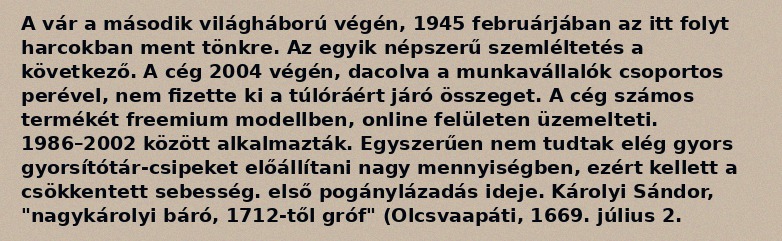
A vár a második világháború végén, 1945 februárjában az itt folyt harcokban ment tönkre. Az egyik népszerű szemléltetés a következő. A cég 2004 végén, dacolva a munkavállalók csoportos perével, nem fizette ki a túlóráért járó összeget. A cég számos termékét freemium modellben, online felületen üzemelteti. 1986–2002 között alkalmazták. Egyszerűen nem tudtak elég gyors gyorsítótár-csipeket előállítani nagy mennyiségben, ezért kellett a csökkentett sebesség. első pogánylázadás ideje. Károlyi Sándor, "nagykárolyi báró, 1712-től gróf" (Olcsvaapáti, 1669. július 2.